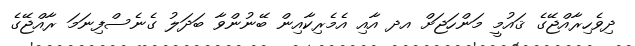
ދިވެހިރާއްޖޭގެ ޤައުމީ މަންހަޖަށް އދ އާއި އެމެރިކާއިން ބޭނުންވާ ބަދަލު ގެނެސްފިނަމަ ރާއްޖޭގެ